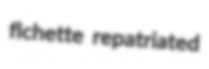
flchette repatriated